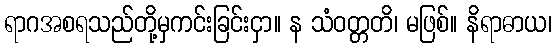
ရာဂအစရသည်တို့မှကင်းခြင်းငှာ။ န သံဝတ္တတိ၊ မဖြစ်။ နိရာဓာယ၊